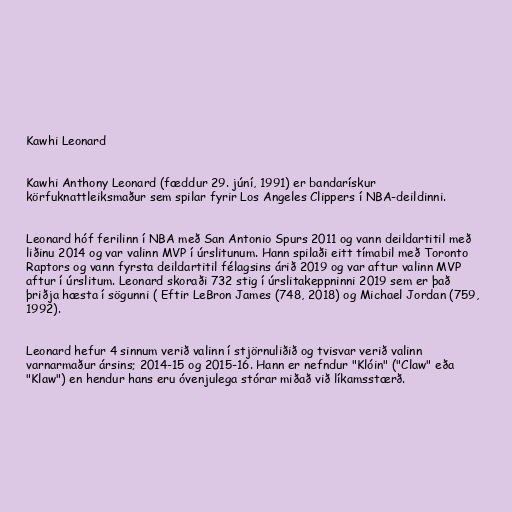
Kawhi Leonard

Kawhi Anthony Leonard (fæddur 29. júní, 1991) er bandarískur
körfuknattleiksmaður sem spilar fyrir Los Angeles Clippers í NBA-deildinni.

Leonard hóf ferilinn í NBA með San Antonio Spurs 2011 og vann deildartitil með
liðinu 2014 og var valinn MVP í úrslitunum. Hann spilaði eitt tímabil með Toronto
Raptors og vann fyrsta deildartitil félagsins árið 2019 og var aftur valinn MVP
aftur í úrslitum. Leonard skoraði 732 stig í úrslitakeppninni 2019 sem er það
þriðja hæsta í sögunni ( Eftir LeBron James (748, 2018) og Michael Jordan (759,
1992).

Leonard hefur 4 sinnum verið valinn í stjörnuliðið og tvisvar verið valinn
varnarmaður ársins; 2014-15 og 2015-16. Hann er nefndur "Klóin" ("Claw" eða
"Klaw") en hendur hans eru óvenjulega stórar miðað við líkamsstærð.